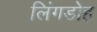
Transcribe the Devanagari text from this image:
लिंगडोह